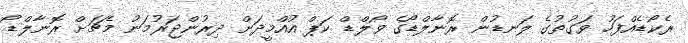
ރެކޯޑެއްފަހު ވަގުތުގެ ލަނޑުން ރޮނާލްޑޯގެ ވޯލްޑް ކަޕް އުއްމީދަށް ދިރުންޖަރުމަނު މެޗަށް ރޮނާލްޑޯ